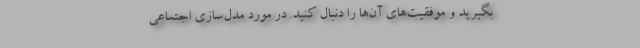
بگیرید و موفقیت‌های آن‌ها را دنبال کنید. در مورد مدل‌سازی اجتماعی